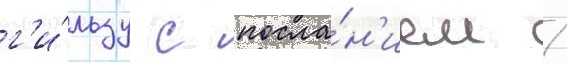
г'и́льзу с посла́н'ием /